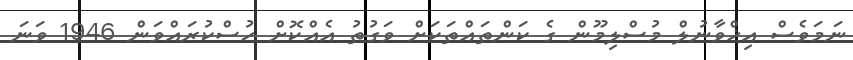
ނަމަވެސް އިޚްވާނުލް މުސްލިމޫން ގެ ކަންތައްތަކަށް ވަގުތު އެއްކޮށް ހުސްކުރައްވަން 1946 ވަނަ